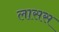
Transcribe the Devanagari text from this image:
लासस